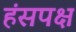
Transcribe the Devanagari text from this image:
हंसपक्ष